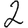
Digit: 2